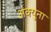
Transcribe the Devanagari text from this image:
अक्युना